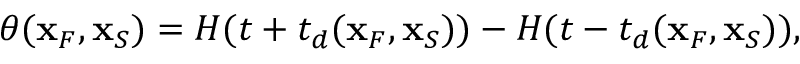
\theta ( { \bf x } _ { F } , { \bf x } _ { S } ) = H ( t + t _ { d } ( { \bf x } _ { F } , { \bf x } _ { S } ) ) - H ( t - t _ { d } ( { \bf x } _ { F } , { \bf x } _ { S } ) ) ,